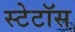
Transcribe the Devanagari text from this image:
स्टेटॉस